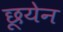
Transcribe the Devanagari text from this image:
छूयेन